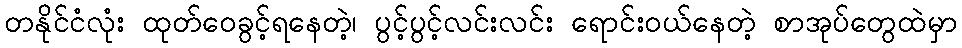
တနိုင်ငံလုံး ထုတ်ဝေခွင့်ရနေတဲ့၊ ပွင့်ပွင့်လင်းလင်း ရောင်းဝယ်နေတဲ့ စာအုပ်တွေထဲမှာ